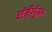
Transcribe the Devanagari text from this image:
अंर्तर्मुख